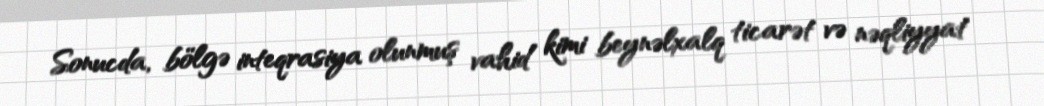
Sonucda, bölgə inteqrasiya olunmuş vahid kimi beynəlxalq ticarət və nəqliyyat